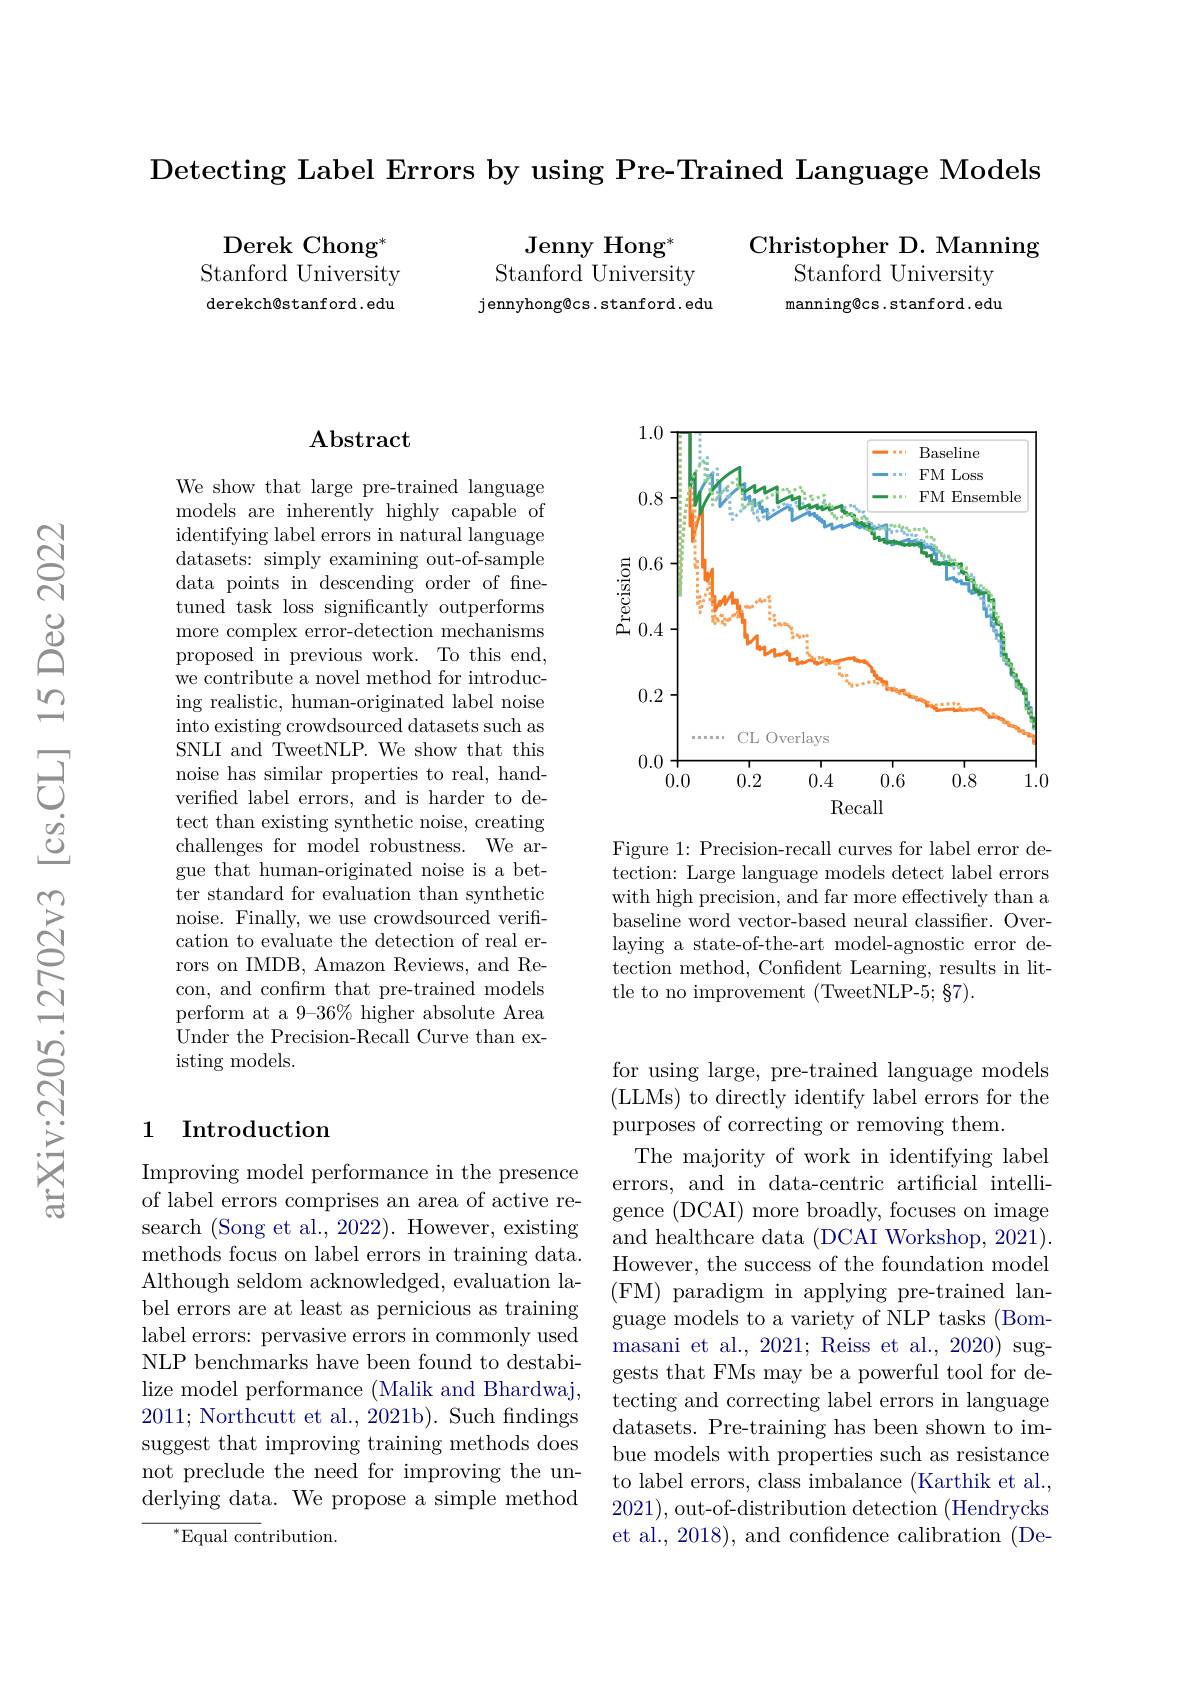
Detecting Label Errors by using Pre- Trained Language Models

Christopher D. Manning
$\bar{\text{Stanford University}}$ manning@ cs. stanford. edu

Derek Chong$^{*}$ Stanford University derekch@stanford.edu

Jenny Hong$^*$ Stanford University j ennyhong@cs . stanf ord . edu

### $\mathbf{Abstract}$

We show that large pre-trained language models are inherently highly capable of identifying label errors in natural language datasets: simply examining out-of-sample data points in descending order of fnetuned task loss significantly outperforms more complex error-detection mechanisms proposed in previous work. To this end, we contribute a novel method for introducing realistic, human-originated label noise into existing crowdsourced datasets such as SNLI and TweetNLP. We show that this noise has similar properties to real, handverified label errors, and is harder to detect than existing synthetic noise, creating challenges for model robustness. We argue that human-originated noise is a better standard for evaluation than synthetic noise. Finally, we use crowdsourced verification to evaluate the detection of real errors on IMDB, Amazon Reviews, and Recon, and confirm that pre-trained models perform at a 9-36% higher absolute Area Under the Precision-Recall Curve than existing models.

### 1 Introduction

Improving model performance in the presence of label errors comprises an area of active research (Song et al., 2022). However, existing methods focus on label errors in training data. Although seldom acknowledged, evaluation label errors are at least as pernicious as training label errors: pervasive errors in commonly used NLP benchmarks have been found to destabilize model performance (Malik and Bhardwaj, 2011; Northcutt et al., 2021b). Such fndings suggest that improving training methods does not preclude the need for improving the underlying data. We propose a simple method
$^{*}$Equal contribution.

<FigureHere>

Figure 1: Precision-recall curves for label error detection: Large language models detect label errors with high precision, and far more effectively than a baseline word vector-based neural classifier. Overlaying a state-of-the-art model-agnostic error detection method, Confident Learning, results in little to no improvement (TweetNLP-5; §7).

for using large, pre-trained language models ( LLMs) to directly identify label errors for the purposes of correcting or removing them.
The majority of work in identifying label errors, and in data-centric artificial intelligence (DCAI) more broadly, focuses on image and healthcare data (DCAI Workshop, 2021). However, the success of the foundation model ( FM) paradigm in applying pre- trained lan- guage models to a variety of NLP tasks (Bommasani et al., 2021; Reiss et al., 2020) suggests that FMs may be a powerful tool for detecting and correcting label errors in language datasets. Pre-training has been shown to imbue models with properties such as resistance to label errors, class imbalance (Karthik et al., 2021), out-of-distribution detection (Hendrycks et al., 2018), and confidence calibration (De-